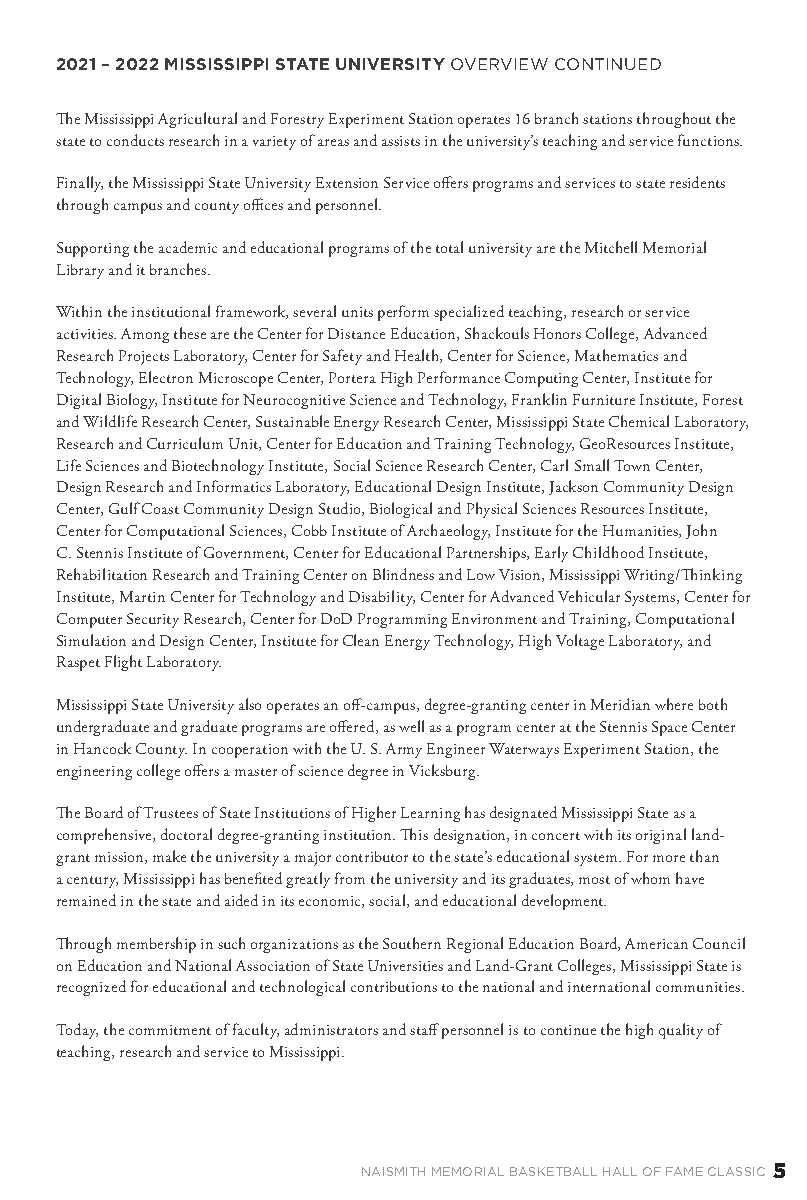
2021 – 2022 MISSISSIPPI STATE UNIVERSITY OVERVIEW CONTINUED
 The Mississippi Agricultural and Forestry Experiment Station operates 16 branch stations throughout the
 state to conducts research in a variety of areas and assists in the university’s teaching and service functions.
 Finally, the Mississippi State University Extension Service offers programs and services to state residents
 through campus and county offices and personnel.
 Supporting the academic and educational programs of the total university are the Mitchell Memorial
 Library and it branches.
 Within the institutional framework, several units perform specialized teaching, research or service
 activities. Among these are the Center for Distance Education, Shackouls Honors College, Advanced
 Research Projects Laboratory, Center for Safety and Health, Center for Science, Mathematics and
 Technology, Electron Microscope Center, Portera High Performance Computing Center, Institute for
 Digital Biology, Institute for Neurocognitive Science and Technology, Franklin Furniture Institute, Forest
 and Wildlife Research Center, Sustainable Energy Research Center, Mississippi State Chemical Laboratory,
 Research and Curriculum Unit, Center for Education and Training Technology, GeoResources Institute,
 Life Sciences and Biotechnology Institute, Social Science Research Center, Carl Small Town Center,
 Design Research and Informatics Laboratory, Educational Design Institute, Jackson Community Design
 Center, Gulf Coast Community Design Studio, Biological and Physical Sciences Resources Institute,
 Center for Computational Sciences, Cobb Institute of Archaeology, Institute for the Humanities, John
 C. Stennis Institute of Government, Center for Educational Partnerships, Early Childhood Institute,
 Rehabilitation Research and Training Center on Blindness and Low Vision, Mississippi Writing/Thinking
 Institute, Martin Center for Technology and Disability, Center for Advanced Vehicular Systems, Center for
 Computer Security Research, Center for DoD Programming Environment and Training, Computational
 Simulation and Design Center, Institute for Clean Energy Technology, High Voltage Laboratory, and
 Raspet Flight Laboratory.
 Mississippi State University also operates an off-campus, degree-granting center in Meridian where both
 undergraduate and graduate programs are offered, as well as a program center at the Stennis Space Center
 in Hancock County. In cooperation with the U. S. Army Engineer Waterways Experiment Station, the
 engineering college offers a master of science degree in Vicksburg.
 The Board of Trustees of State Institutions of Higher Learning has designated Mississippi State as a
 comprehensive, doctoral degree-granting institution. This designation, in concert with its original land-
 grant mission, make the university a major contributor to the state’s educational system. For more than
 a century, Mississippi has benefited greatly from the university and its graduates, most of whom have
 remained in the state and aided in its economic, social, and educational development.
 Through membership in such organizations as the Southern Regional Education Board, American Council
 on Education and National Association of State Universities and Land-Grant Colleges, Mississippi State is
 recognized for educational and technological contributions to the national and international communities.
 Today, the commitment of faculty, administrators and staff personnel is to continue the high quality of
 teaching, research and service to Mississippi.
 NAISMITH MEMORIAL BASKETBALL HALL OF FAME CLASSIC 5